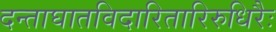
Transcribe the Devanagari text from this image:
दन्ताघातविदारितारिरुधिरैः